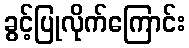
ခွင့်ပြုလိုက်ကြောင်း